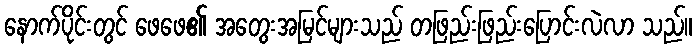
နောက်ပိုင်းတွင် ဖေဖေ၏ အတွေးအမြင်များသည် တဖြည်းဖြည်းပြောင်းလဲလာ သည်။